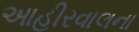
આહીરવાલના